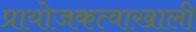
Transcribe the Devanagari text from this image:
प्रायोजकत्वाखाली